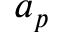
a _ { p }